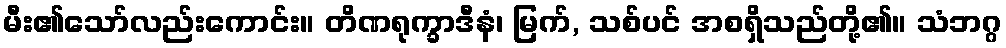
မီး၏သော်လည်းကောင်း။ တိဏရုက္ခာဒီနံ၊ မြက်, သစ်ပင် အစရှိသည်တို့၏။ သံဘဂ္ဂ